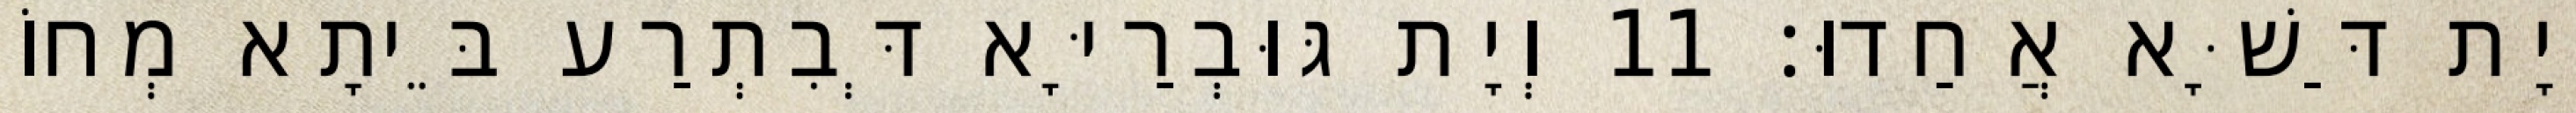
וְיָת דַּשָּׁא אֲחַדוּ׃ 11 וְיָת גּוּבְרַיָּא דְּבִתְרַע בֵּיתָא מְחוֹ